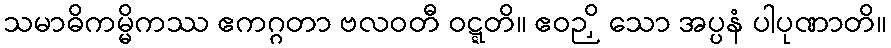
သမာဓိကမ္မိကဿ ဧကဂ္ဂတာ ဗလဝတီ ဝဋ္ဋတိ။ ဧဝဉှိ သော အပ္ပနံ ပါပုဏာတိ။